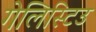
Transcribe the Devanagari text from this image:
गेलिस्टिउ